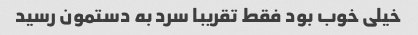
خیلی خوب بود فقط تقریبا سرد به دستمون رسید